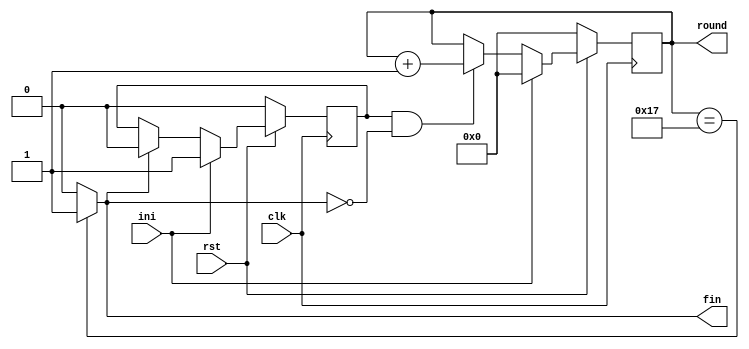
`timescale 1ns / 1ps
//////////////////////////////////////////////////////////////////////////////////
// Company: 
// Engineer: 
// 
// Design Name: 
// Module Name: keccak_ctl
// Project Name: 
// Target Devices: 
// Tool Versions: 
// Description: 
// 
// Dependencies: 
// 
// Revision:
// Revision 0.01 - File Created
// Additional Comments:
// 
//////////////////////////////////////////////////////////////////////////////////


module keccak_ctl(
    input               clk,
    input               rst,
    input               ini,
    output              fin,
    output  reg [7:0]   round 
    );
    
    reg ope;
    
    always @(posedge clk) begin
        if(!rst) begin
            ope     <= 0;
        end
        else begin
            if      (ini)   ope <= 1;
            else if (fin)   ope <= 0;
            else            ope <= ope;
        end
    end
    
    always @(posedge clk) begin
        if(!rst) begin
            round     <= 0;
        end
        else begin
            if      (ini)           round <= 0;
            else if (ope & !fin)    round <= round + 1;
            else                    round <= round;
        end
    end
    
    //assign round_shift = round >> 2;
    //assign fin = (round_shift == 8'b00010111) ? 1 : 0; //23
    assign fin = (round == 8'b00010111) ? 1 : 0; //23
    //assign fin = 0;
    
endmodule

module keccak_ctl_stages #(
    parameter STAGES = 2
    )(
    input               clk,
    input               rst,
    input               load,
    input               ini,
    output              fin,
    output  reg         ope,
    output  reg [7:0]   round 
    );
    
    //reg ope;
    
    always @(posedge clk) begin
        if(!rst) begin
            ope     <= 0;
        end
        else begin
            if      (fin)   ope <= 0;
            else if (ini)   ope <= 1;
            else            ope <= ope;
        end
    end
    
    always @(posedge clk) begin
        if(!rst) begin
            round     <= 0;
        end
        else begin
            if      (load)          round <= 0;
            else if (ope)           round <= round + STAGES;
            else                    round <= round;
        end
    end
    
    //assign round_shift = round >> 2;
    //assign fin = (round_shift == 8'b00010111) ? 1 : 0; //23
    assign fin = (round >= (8'b00011000 - STAGES)) ? 1 : 0; //23
    //assign fin = 0;
    
endmodule